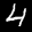
Label: 4